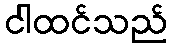
ငါထင်သည်